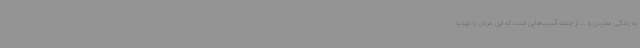
به زندگی مجردی و ... از جمله آسیب‌هایی است که این مردان را تهدید